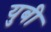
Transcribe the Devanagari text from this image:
युबी